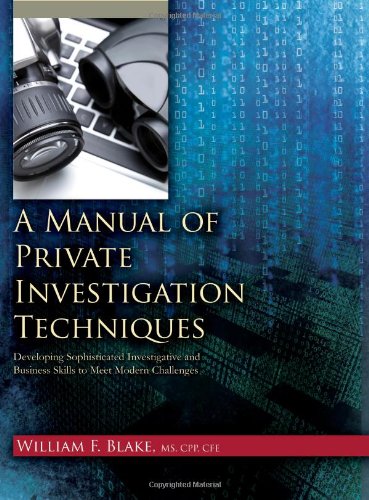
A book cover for A Manual of Private Investigation Techniques: Developing Sophisticated Investigative and Business Skills to Meet Modern Challenges; William F. Blake; Law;